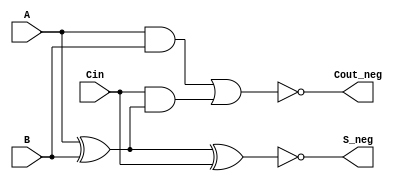
module Negative_Circuit_Full_Adder (
    input  wire A,      // First input bit
    input  wire B,      // Second input bit
    input  wire Cin,    // Carry-in bit
    output wire S_neg,  // Negative sum output
    output wire Cout_neg // Negative carry-out output
);

    // Intermediate signals for positive logic calculations
    wire S;           
    wire Cout;        

    // Calculate sum (S) in positive logic
    assign S = A ^ B ^ Cin; 

    // Calculate carry-out (Cout) in positive logic
    assign Cout = (A & B) | (Cin & (A ^ B));

    // Invert the outputs for negative logic
    assign S_neg = ~S;           // Negative sum output
    assign Cout_neg = ~Cout;     // Negative carry-out output

endmodule